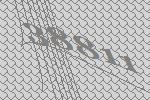
38811